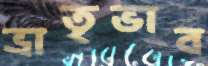
ভ্রাতৃভাব